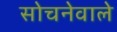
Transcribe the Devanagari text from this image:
सोचनेवाले